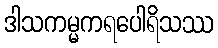
ဒါသကမ္မကရပေါရိသဿ